Civil Veterinary Dept. North-West Frontier Province 1901-22 - 1901-1922
Year: 1901
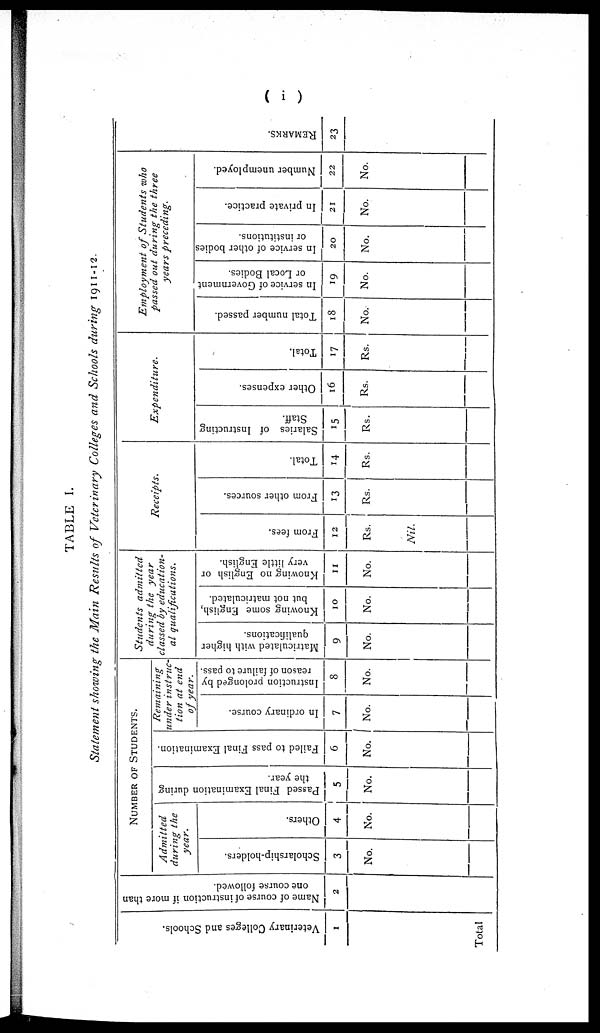
( i )
TABLE I.
Statement showing the Main Results of Veterinary Colleges and Schools during 1911-12.
Veterinary Colleges and Schools.
1
Total
Name of course of instruction if more than
one course followed.
2
NUMBER OF STUDENTS.
Admitted
during the
year.
Scholarship-holders.
3
No.
Others.
4
No.
Passed Final Examination during
the year.
5
No.
Failed to pass Final Examination.
6
No.
Remaining
under instruc-
tion at end
of year.
In ordinary course.
7
No.
Instruction prolonged by
reason of failure to pass.
8
No.
Students
admitted
during the year
classed by education-
al qualifications.
Matriculated with higher
qualifications.
9
No.
Knowing some English,
but not matriculated.
10
No.
Knowing no English or
very little English.
11
No.
Receipts.
From fees.
12
Rs.
Nil.
From other sources.
13
Rs.
Total.
14
Rs.
Expenditure.
Salaries of Instructing
Staff.
15
Rs.
Other expenses.
16
Rs.
Total.
17
Rs.
Employment of Students who
passed out during the three
years
preceding.
Total number passed.
18
No.
In service of Government
or Local Bodies.
19
No.
In service of other bodies
or institutions.
20
No.
In private practice.
21
No.
Number unemployed.
22
No.
REMARKS.
23